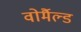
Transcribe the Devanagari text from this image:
वोर्मैल्ड